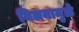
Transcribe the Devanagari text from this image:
मिलनामुळे